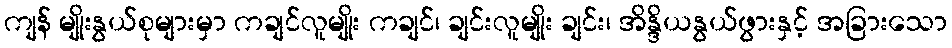
ကျန် မျိုးနွယ်စုများမှာ ကချင်လူမျိုး ကချင်၊ ချင်းလူမျိုး ချင်း၊ အိန္ဒိယနွယ်ဖွားနှင့် အခြားသော